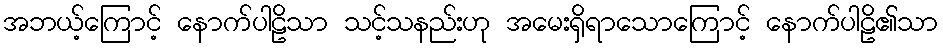
အဘယ့်ကြောင့် နောက်ပါဠိသာ သင့်သနည်းဟု အမေးရှိရာသောကြောင့် နောက်ပါဠိ၏သာ